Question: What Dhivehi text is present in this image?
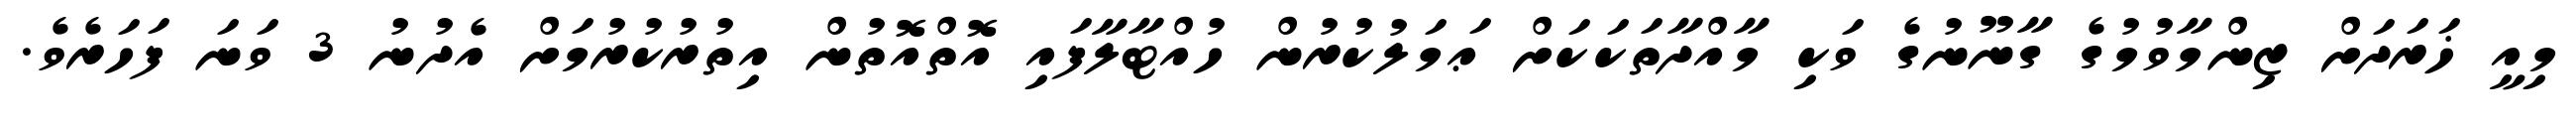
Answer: މިއީ ޚަރަދަށް ޒިންމާވުމުގެ ގާނޫނުގެ ވަކި މާއްދާތަކަކަށް ޢަމަލުކުރުން ހުއްޓާލާފައި އޮތްއޮތުން އިތުރުކުރުމަށް އެދުނު 3 ވަނަ ފަހަރެވެ.